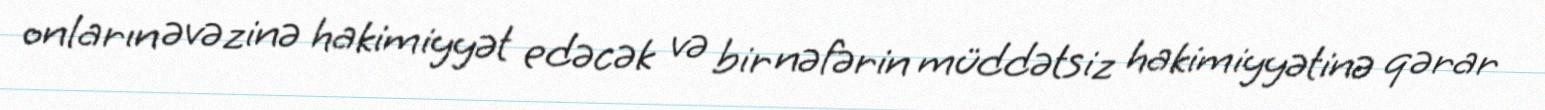
onların əvəzinə hakimiyyət edəcək və bir nəfərin müddətsiz hakimiyyətinə qərar